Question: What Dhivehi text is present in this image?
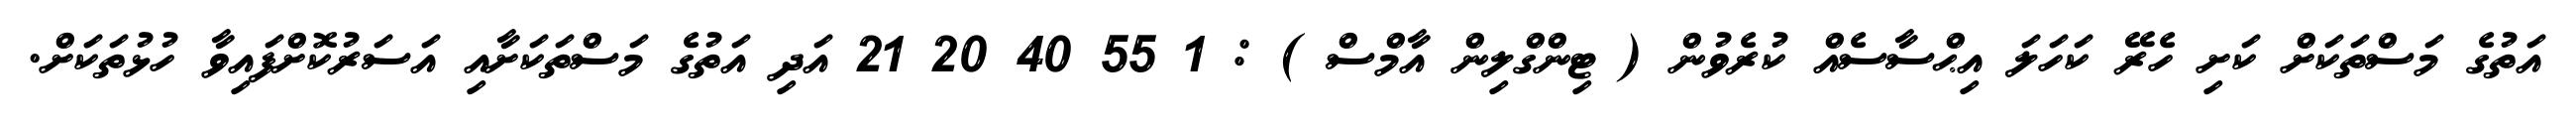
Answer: އަތުގެ މަސްތަކަށް ކަށި ހެރޭ ކަހަލަ އިޙްސާސެއް ކުރެވުން ( ޓިންގްލިން އާމްސް ) : 1 55 40 20 21 އަދި އަތުގެ މަސްތަކަށާއި އަސަރުކޮށްފައިވާ ހުޅުތަކަށް.